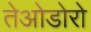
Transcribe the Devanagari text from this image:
तेओडोरो